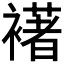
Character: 𮖺